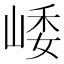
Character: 𡹜